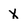
Character: X